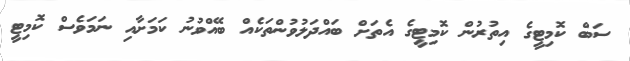
ސަބް ކޮމިޓީގެ އިތުރުން ކޮމިޓީގެ އެތަށް ބައްދަލުވުންތަކެއް ބޭއްވުނު ކަމަށާއި ނަމަވެސް ކޮމިޓީ